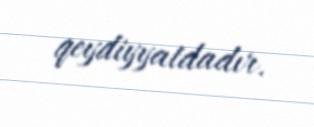
qeydiyyatdadır.